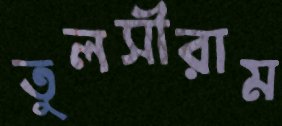
তুলসীরাম